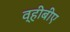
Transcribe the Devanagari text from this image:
व्हीबीए